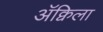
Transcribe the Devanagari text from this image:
ॲक्विला